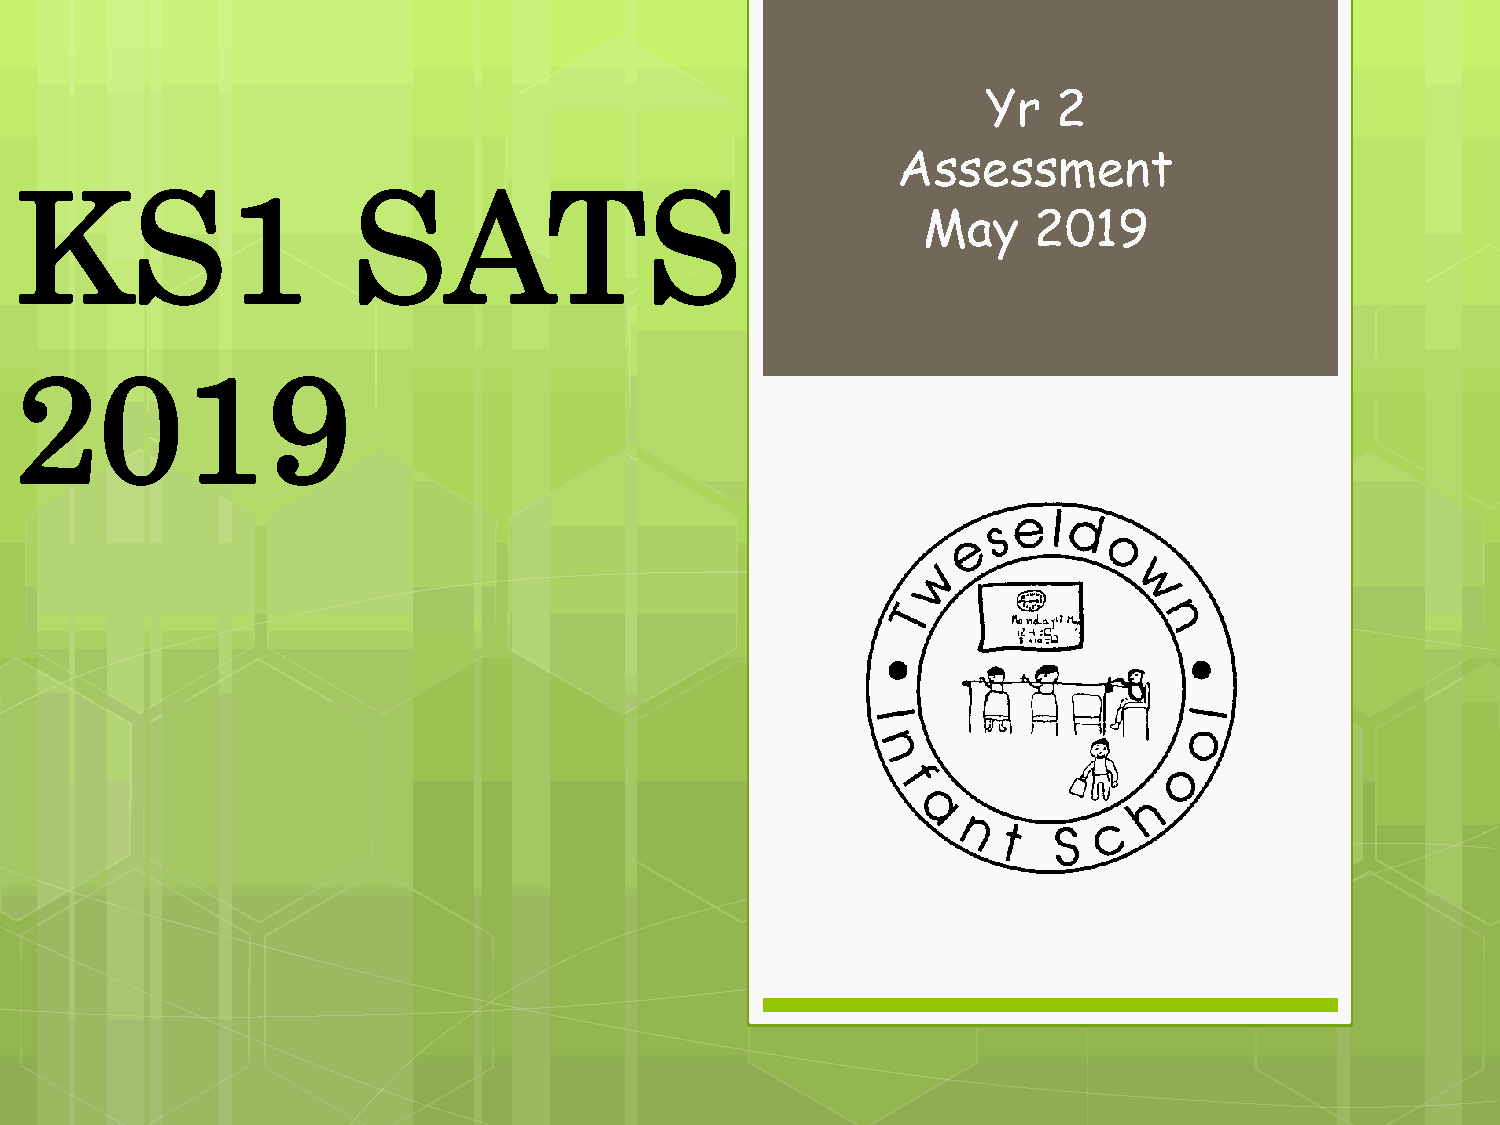
Yr   2
 Assessment
 KS1                   SATS
 May    2019
 2019